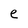
Character: e